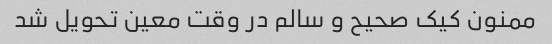
ممنون کیک صحیح و سالم در وقت معین تحویل شد